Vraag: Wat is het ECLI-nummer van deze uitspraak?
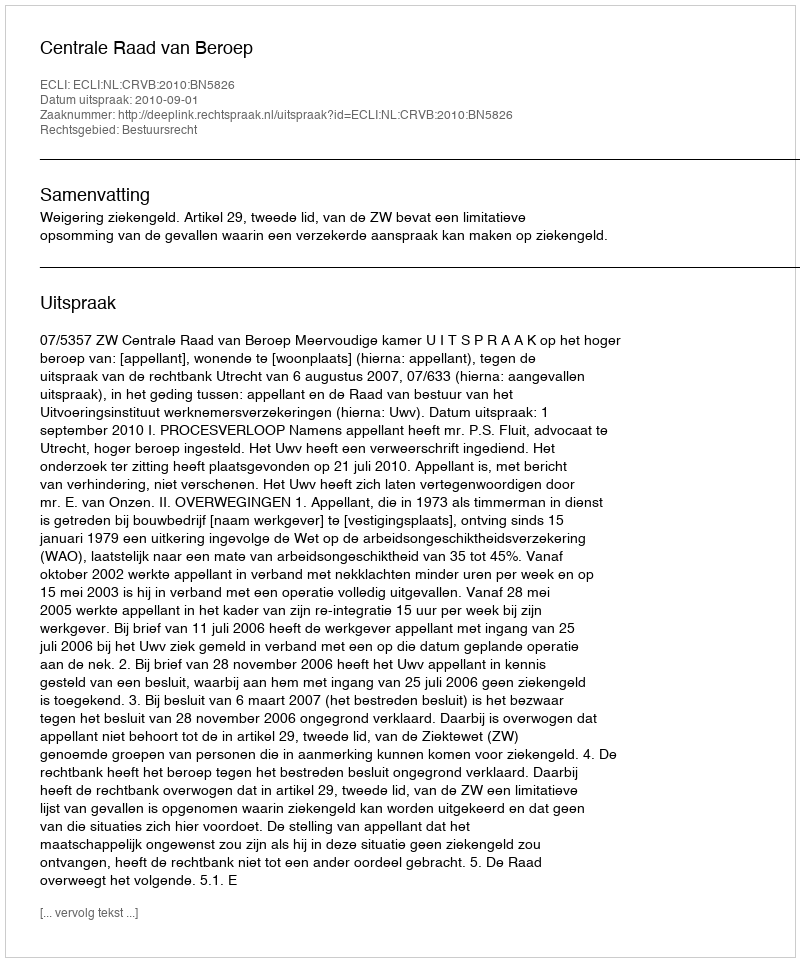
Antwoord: ECLI:NL:CRVB:2010:BN5826